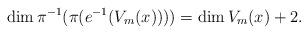
LaTeX: \begin{align*}\dim \pi ^{-1} (\pi ( e^{-1}(V_{m}(x)) )) = \dim V_{m}(x) +2 .\end{align*}